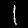
Digit: 1